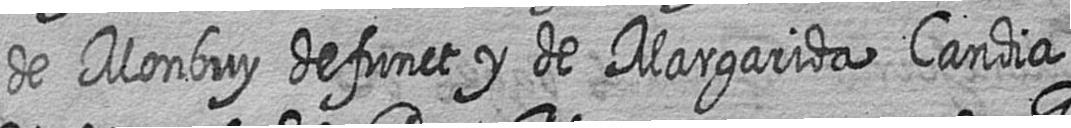
de Monbuy defunct y de Margarida Candia